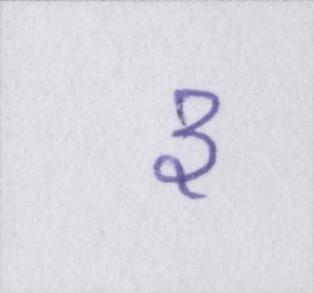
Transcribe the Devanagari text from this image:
३